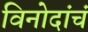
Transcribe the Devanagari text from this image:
विनोदांचं